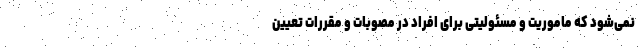
نمی‌شود که ماموریت و مسئولیتی برای افراد در مصوبات و مقررات تعیین